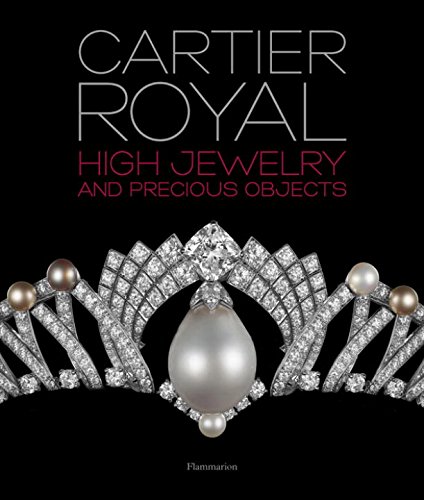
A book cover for Cartier Royal: High Jewelry and Precious Objects; Francois Chaille; Crafts, Hobbies & Home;